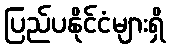
ပြည်ပနိုင်ငံများရှိ